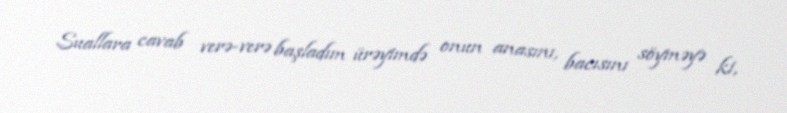
Suallara cavab verə-verə başladım ürəyimdə onun anasını, bacısını söyməyə ki,